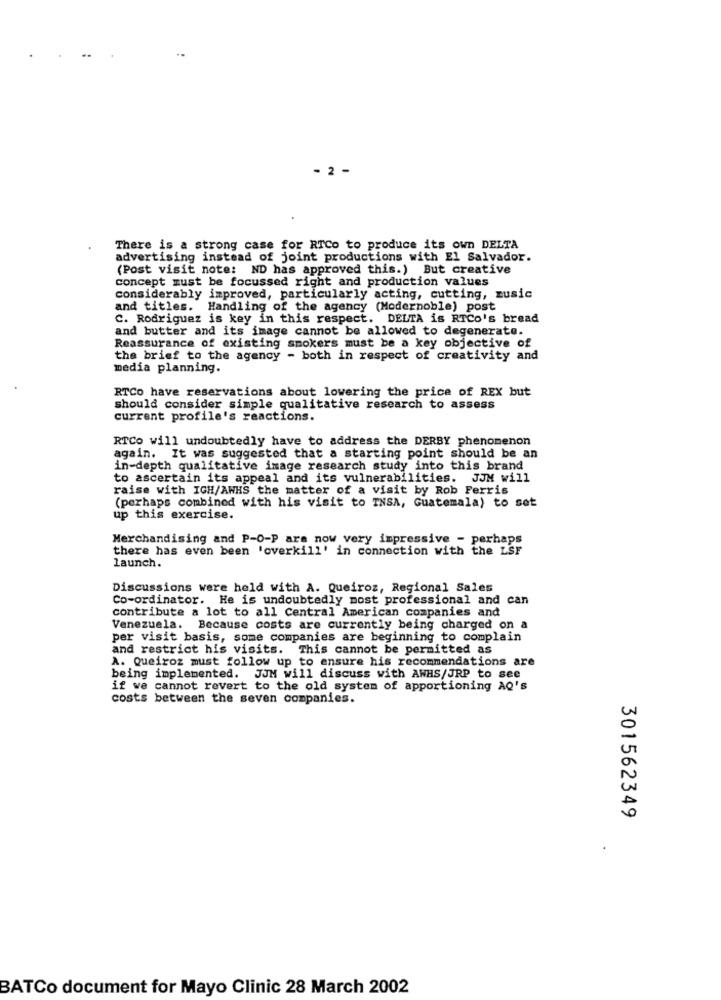
- 2 -
There is a strong case for RTCo to produce its own DELTA
advertising instead of joint productions with El Salvador.
(Post visit note: ND has approved this.) But creative
concept must be focussed right and production values
considerably improved, particularly acting, cutting, music
and titles. Handling of the agency (Modernoble) post
C. Rodriguez is key in this respect. DELTA is RTCo's bread
and butter and its image cannot be allowed to degenerate.
Reassurance of existing smokers must be a key objective of
the brief to the agency - both in respect of creativity and
media planning.
RTCo have reservations about lowering the price of REX but
should consider simple qualitative research to assess
current profile's reactions.
RTCo will undoubtedly have to address the DERBY phenomenon
again. It was suggested that a starting point should be an
in-depth qualitative image research study into this brand
to ascertain its appeal and its vulnerabilities. JJM will
raise with IGH/AWHS the matter of a visit by Rob Ferris
(perhaps combined with his visit to INSA, Guatemala) to set
up this exercise.
Merchandising and P-O-P are now very impressive - perhaps
there has even been 'overkill' in connection with the LsF
launch.
Discussions were held with A. Queiroz, Regional Sales
Co-ordinator. He is undoubtedly most professional and can
contribute a lot to all Central American companies and
Venezuela.
Because costs are currently being charged on a
per visit basis, some companies are beginning to complain
and restrict his visits. This cannot be permitted as
A. Queiroz must follow up to ensure his recommendations are
being implemented. JJM will discuss with AWHS/JRP to see
if we cannot revert to the old system of apportioning AQ's
costs between the seven companies.
301562349
BATCo document for Mayo Clinic 28 March 2002